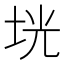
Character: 垙